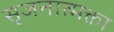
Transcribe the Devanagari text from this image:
सृजनात्मक्ता